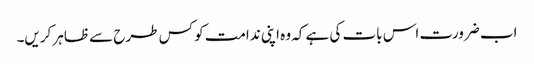
اب ضرورت اس بات کی ہے کہ وہ اپنی ندامت کو کس طرح سے ظاہر کریں۔